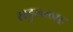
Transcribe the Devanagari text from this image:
सदुल्‍लाह